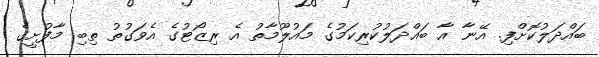
ބައްދަލުކޮށްފި. އޭނާ އާ ބައްދަލުކުރިކަމުގެ މައުލޫމާތު އެ ރިޒޯޓުގެ އެވަގުތު ތިބި މާފުށީގެ